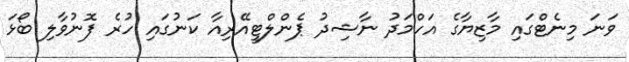
ވަނަ މިނެޓްގައި މާޒިޔާގެ އަހްމަދު ނާޝިދު ޕެންލްޓީއޭރިއާ ކަނުގައި ހުރެ ފޮނުވާލި ބޯޅަ